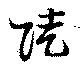
陡